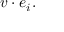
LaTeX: v \cdot e _ { i } .